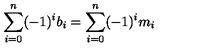
\sum _ { i = 0 } ^ { n } ( - 1 ) ^ { i } b _ { i } = \sum _ { i = 0 } ^ { n } ( - 1 ) ^ { i } m _ { i }